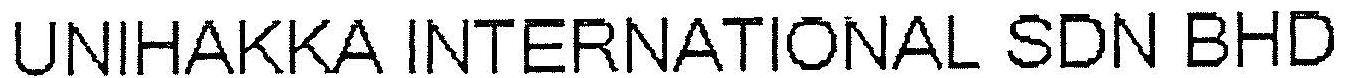
UNIHAKKA INTERNATIONAL SDN BHD